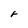
Character: F